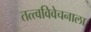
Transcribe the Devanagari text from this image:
तत्त्वविवेचनाला